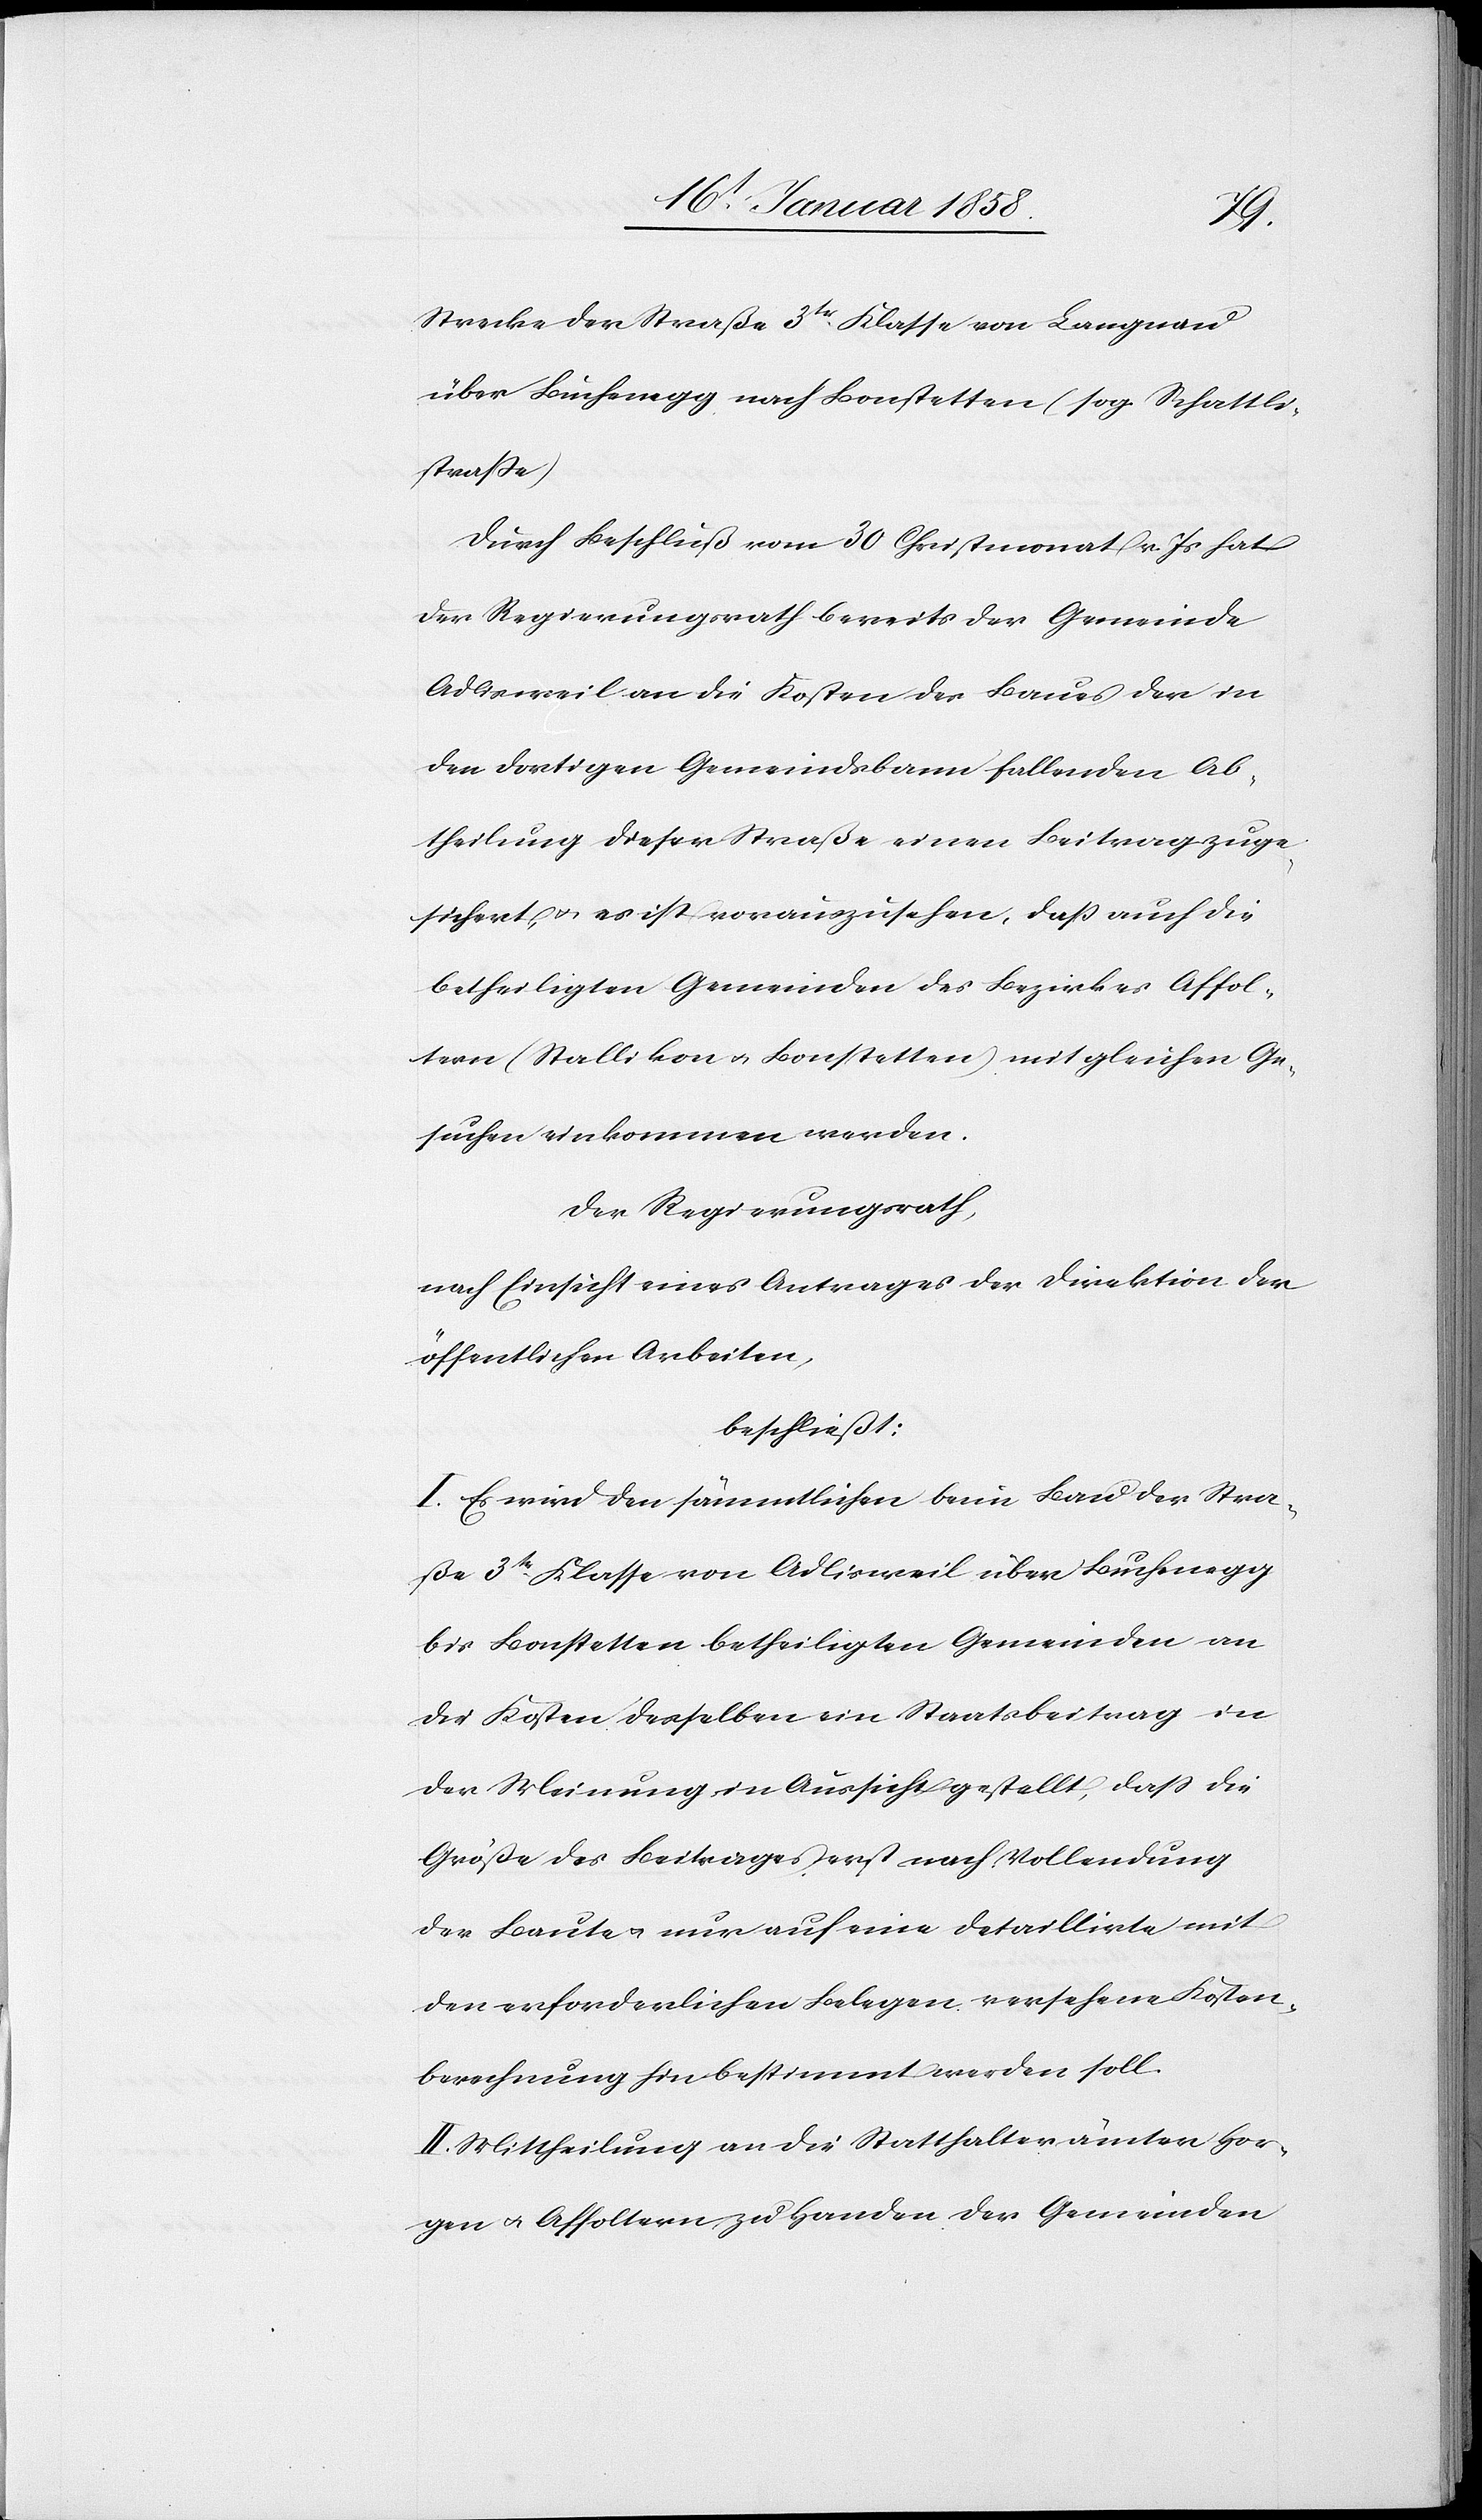
Strecke der Straße 3ter Klasse von Langnau
über Buchenegg nach Bonstetten (sog. Schattli¬
straße).
Durch Beschluß vom 30 Christmonat v. Js hat
der Regierungsrath bereits der Gemeinde
Adlisweil an die Kosten des Baues der in
den dortigen Gemeindsbann fallenden Ab¬
theilung dieser Straße einen Beitrag zuge¬
sichert, u. es ist vorauszusehen, daß auch die
betheiligten Gemeinden des Bezirkes Affol¬
tern (Stallikon u. Bonstetten) mit gleichen Ge¬
suchen einkommen werden.
Der Regierungsrath,
nach Einsicht eines Antrages der Direktion der
öffentlichen Arbeiten,
beschließt:
I. Es wird den sämmtlichen beim Bau der Stra¬
ße 3tr Klasse von Adlisweil über Buchenegg
bis Bonstetten betheiligten Gemeinden an
die Kosten desselben ein Staatsbeitrag in
der Meinung in Aussicht gestellt, daß die
Größe des Beitrages erst nach Vollendung
der Baute u. nur auf eine detaillirte mit
den erforderlichen Belegen versehene Kosten¬
berechnung hin bestimmt werden soll.
II. Mittheilung an die Statthalterämter Hor¬
gen u. Affoltern, zu Handen der Gemeinden